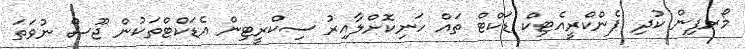
މޯރފިން ކުދި ޕެންކްރީއެޓިކް ޑަކްޓް ތައް ހަނިކޮށްލާއިރު ސިކްރީޓިން އެޑަކްޓްތަކުން ޖޫސް ނުވަތަ